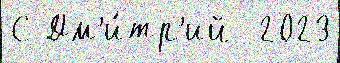
С Дм'и́тр'ий  2023